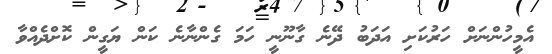
އެމީހުންނަށް ހަރުކަށި އަދަބު ދޭނެ ގާނޫނީ ހަމަ ގެންނާނެ ކަން ޔަގީން ކޮށްދެއްވާ